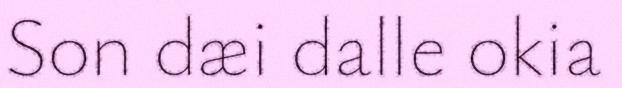
Son dæi dalle okia